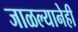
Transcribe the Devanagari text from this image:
जाळल्यानेही